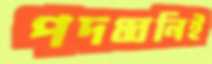
পদধ্বনিই